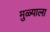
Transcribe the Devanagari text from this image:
मुळ्याला